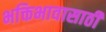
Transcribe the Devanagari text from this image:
भक्तिभावासाठी